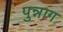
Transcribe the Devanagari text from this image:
पुन्नाग